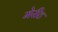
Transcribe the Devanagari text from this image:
मेरीट